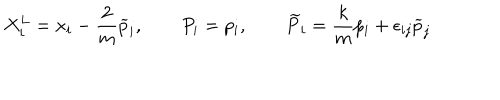
LaTeX: X _ { i } ^ { L } = x _ { i } - \frac { 2 } { m } \widetilde { p } _ { i } , \qquad P _ { i } = p _ { i } , \qquad \widetilde { P } _ { i } = \frac { k } { m } p _ { i } + \epsilon _ { i j } \widetilde { p } _ { j } \,